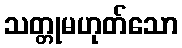
သတ္တုမဟုတ်သော